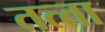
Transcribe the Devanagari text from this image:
तत्‍ता